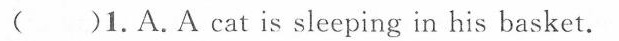
( )1.A. A cat is sleeping in his basket.